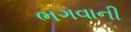
ભગવાની